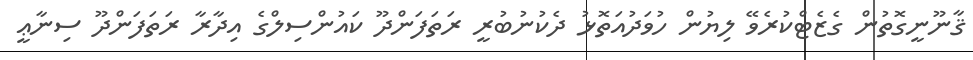
ޤާނޫނީގޮތުން ގެޒެޓްކުރެވޭ ލިޔުން ހުވަދުއަތޮޅު ދެކުނުބުރީ ރަތަފަންދޫ ކައުންސިލްގެ އިދާރާ ރަތަފަންދޫ ސިނާޢީ